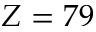
Z = 7 9